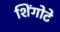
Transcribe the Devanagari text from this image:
शिंगोटे